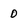
Character: 0